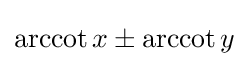
\operatorname {arccot} x\pm \operatorname {arccot} y